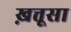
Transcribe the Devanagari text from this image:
ख़त्तूसा